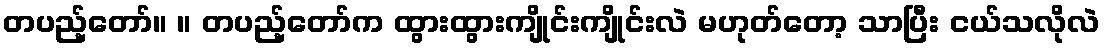
တပည့်တော်။ ။ တပည့်တော်က ထွားထွားကျိုင်းကျိုင်းလဲ မဟုတ်တော့ သာပြီး ငယ်သလိုလဲ